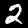
Digit: 2